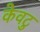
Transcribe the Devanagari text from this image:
केवटु